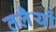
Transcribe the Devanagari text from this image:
तलेैयों